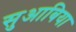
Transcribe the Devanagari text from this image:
सुआबिया